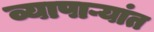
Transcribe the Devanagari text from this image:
व्यापाऱ्यांत